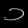
Digit: ၁